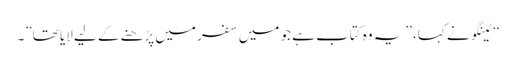
‘‘ ٹینگو نے کہا، ’’یہ وہ کتاب ہے جو میں سفر میں پڑھنے کے لیے لایا تھا”۔